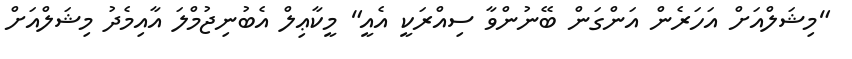
"މިޝަލްއަށް އަހަރެން އަންގަން ބޭނުންވާ ސިއްރަކީ އެއީ" މީކާޢިލް އެބުނިޖުމްލަ އާއިމެދު މިޝަލްއަށް